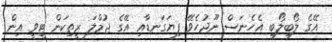
އޭގެ ލޯބިލޯބި އެހެނަސް ނޫދުހެވޭ ފިޔަގަނޑާއި އޭގެ ޖުމްލަ ރީތިކަން ޓީވީ އިން